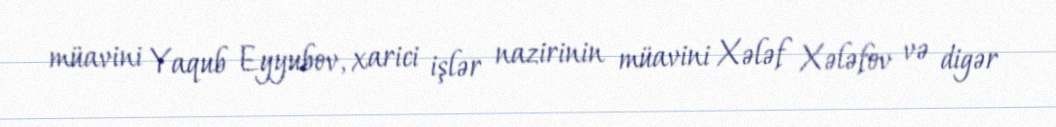
müavini Yaqub Eyyubov, xarici işlər nazirinin müavini Xələf Xələfov və digər